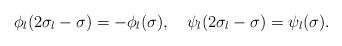
\begin{align*} \phi _l(2\sigma _l-\sigma) = -\phi _l(\sigma ), \quad \psi _l(2\sigma _l - \sigma) = \psi _l(\sigma).\end{align*}